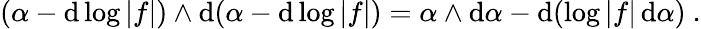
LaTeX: (\alpha-\mathrm{d}\log|f|)\wedge\mathrm{d}(\alpha-\mathrm{d}\log|f|)=\alpha\wedge\mathrm{d}\alpha-\mathrm{d}(\log|f|\, \mathrm{d}\alpha)\ .